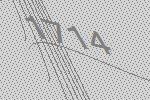
1714